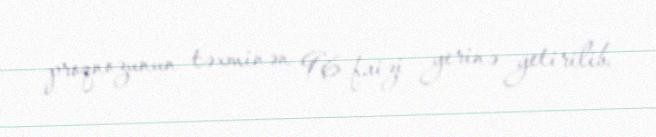
proqnozunun təxminən 96 faizi yerinə yetirilib.